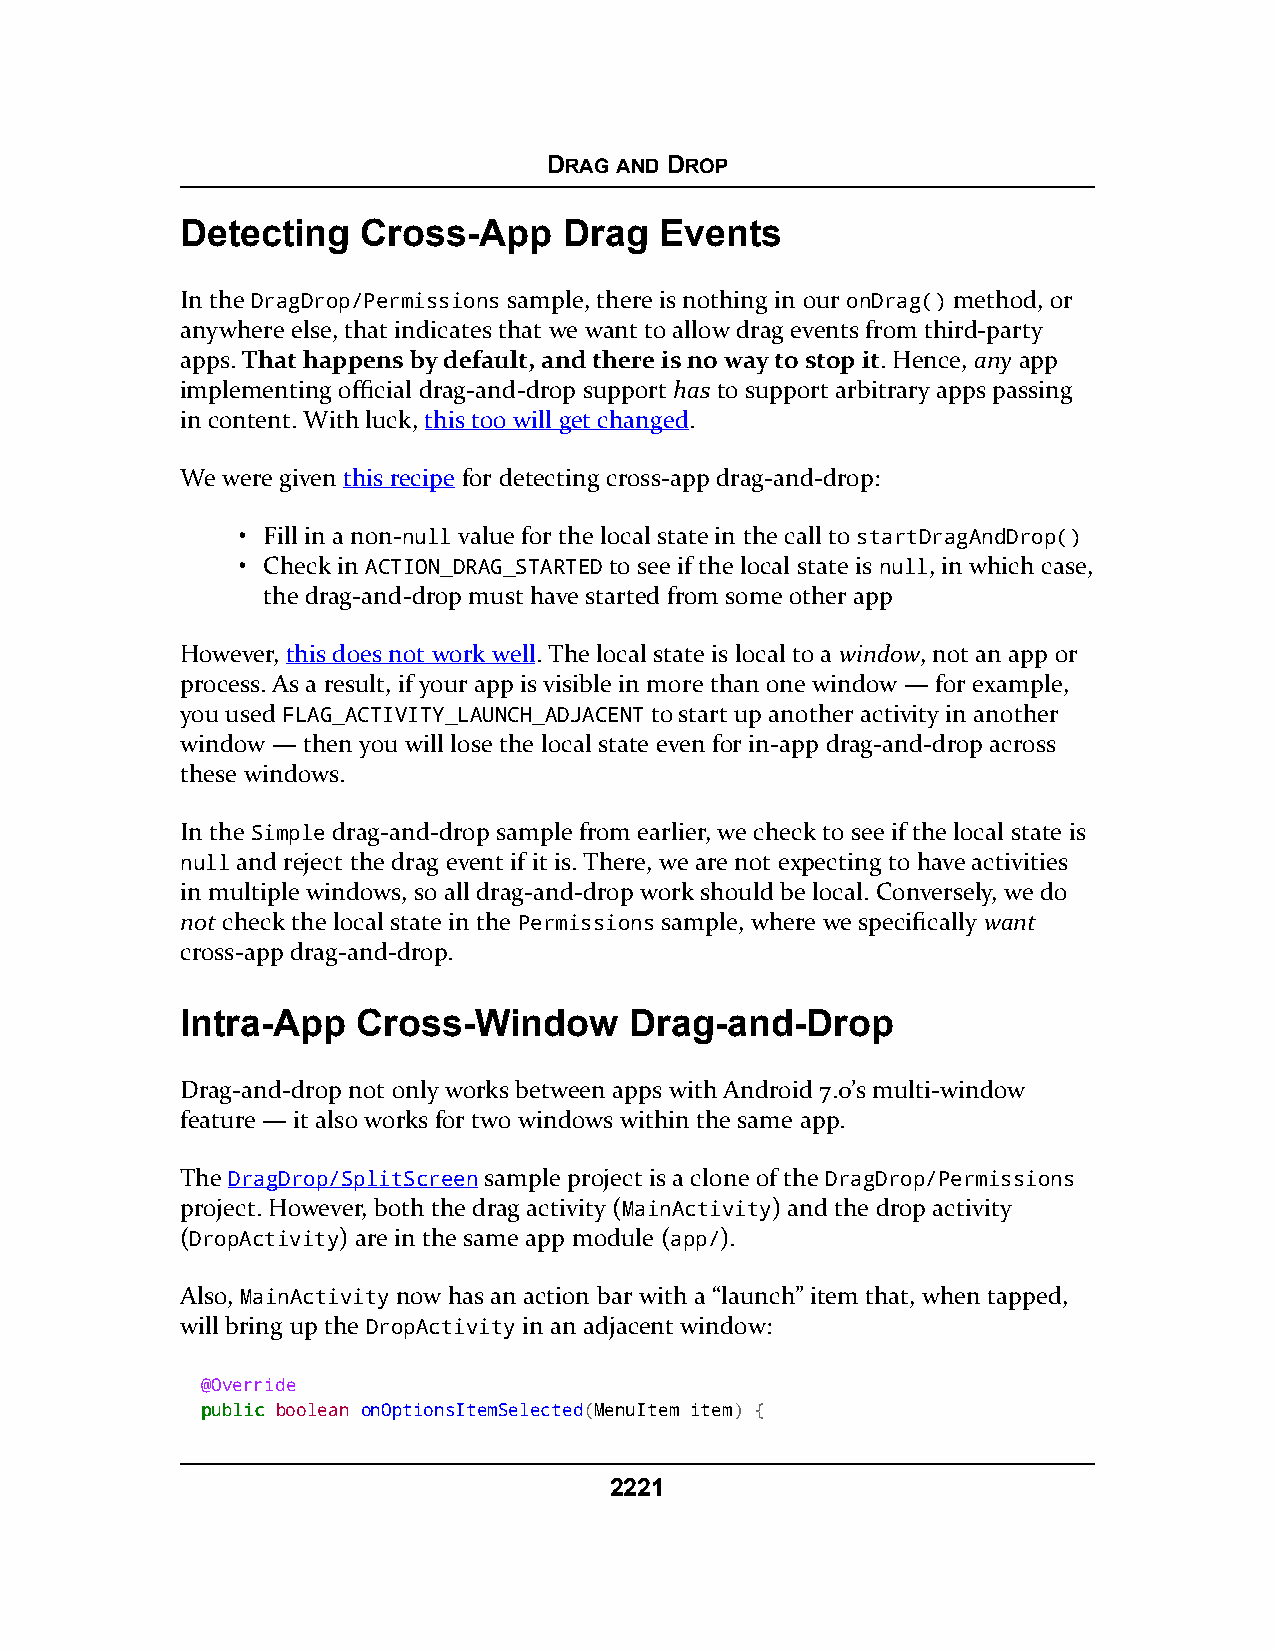
DRAG AND DROP
 Detecting   Cross-App    Drag   Events
 In the DragDrop/Permissions sample, there is nothing in our onDrag() method, or
 anywhere else, that indicates that we want to allow drag events from third-party
 apps. That happens by default, and there is no way to stop it. Hence, any app
 implementing official drag-and-drop support has to support arbitrary apps passing
 in content. With luck, this too will get changed.
 We were given this recipe for detecting cross-app drag-and-drop:
 • Fill in a non-null value for the local state in the call to startDragAndDrop()
 • Check in ACTION_DRAG_STARTED to see if the local state is null, in which case,
 the drag-and-drop must have started from some other app
 However, this does not work well. The local state is local to a window, not an app or
 process. As a result, if your app is visible in more than one window — for example,
 you used FLAG_ACTIVITY_LAUNCH_ADJACENT to start up another activity in another
 window — then you will lose the local state even for in-app drag-and-drop across
 these windows.
 In the Simple drag-and-drop sample from earlier, we check to see if the local state is
 null and reject the drag event if it is. There, we are not expecting to have activities
 in multiple windows, so all drag-and-drop work should be local. Conversely, we do
 not check the local state in the Permissions sample, where we specifically want
 cross-app drag-and-drop.
 Intra-App   Cross-Window      Drag-and-Drop
 Drag-and-drop not only works between apps with Android 7.0’s multi-window
 feature — it also works for two windows within the same app.
 The DragDrop/SplitScreen sample project is a clone of the DragDrop/Permissions
 project. However, both the drag activity (MainActivity) and the drop activity
 (DropActivity) are in the same app module (app/).
 Also, MainActivity now has an action bar with a “launch” item that, when tapped,
 will bring up the DropActivity in an adjacent window:
 @Override
 ppuubblliicc boolean onOptionsItemSelected(MenuItem item) {
 2221